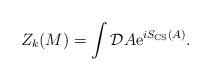
LaTeX: \begin{align*}Z_k(M)= \int {\cal D} A {\rm e}^{i S_{\rm CS}(A)}.\end{align*}